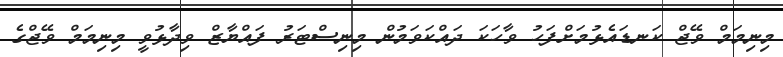
މިނިމަމް ވޭޖް ކަނޑައެޅުމަށްފަހު ވާހަކަ ދައްކަވަމުން މިނިސްޓަރު ފައްޔާޒް ވިދާޅުވީ މިނިމަމް ވޭޖްގެ